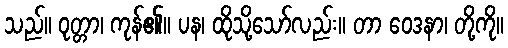
သည်။ ဝုတ္တာ၊ ကုန်၏။ ပန၊ ထိုသို့သော်လည်း။ တာ ဝေဒနာ၊ တို့ကို။